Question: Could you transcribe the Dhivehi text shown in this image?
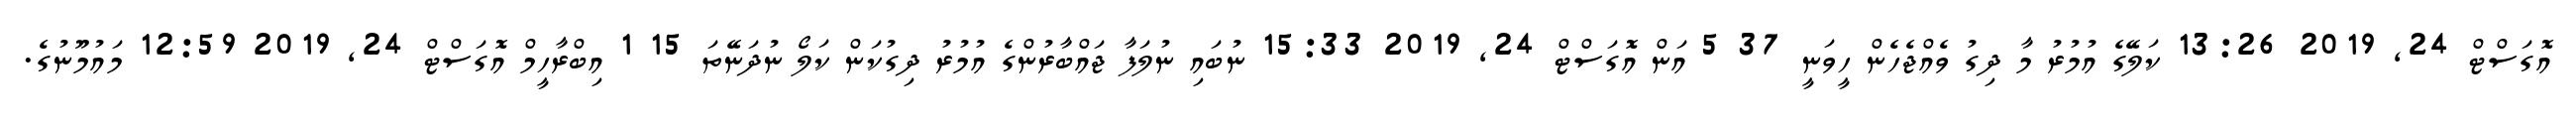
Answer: އޮގަސްޓް 24, 2019 13:26 ކަލޭގެ އުމުރު މާ ދިގު ވެއްޖެހެން ހީވަނީ 37 5 އަން އޮގަސްޓް 24, 2019 15:33 ނުބައި ނުލަފާ ޖައްބާރުންގެ އުމުރު ދިގުކަން ކަލޯ ނުދަނޭތަ 15 1 އިބްރާހީމް އޮގަސްޓް 24, 2019 12:59 މައުމޫނުގެ.